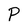
Character: P